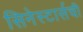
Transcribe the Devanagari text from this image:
सिनेस्टार्सची